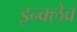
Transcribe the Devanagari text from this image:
इन्क्लेव